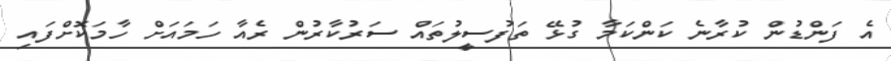
އެ ފަންޑުން ކުރާނެ ކަންކަމާ ގުޅޭ ތަފުސީލުތައް ސަރުކާރުން ރެއާ ހަމައަށް ހާމަކޮށްފައި